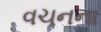
વચનના